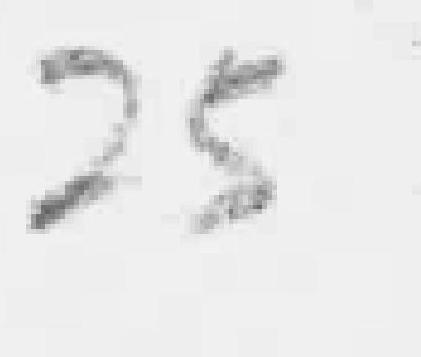
25